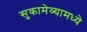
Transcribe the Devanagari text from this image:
सुकामेव्यामध्ये